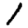
Digit: 1